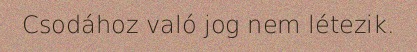
Csodához való jog nem létezik.